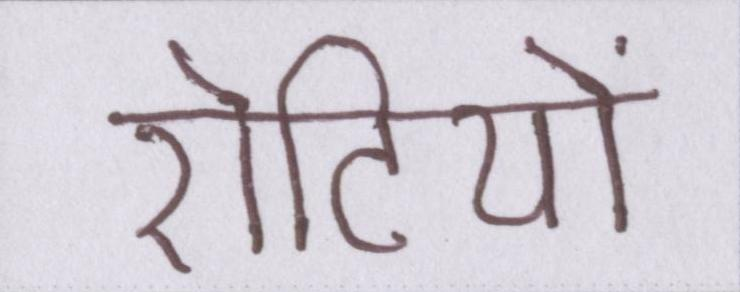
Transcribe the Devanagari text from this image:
रोटियों